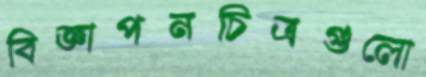
বিজ্ঞাপনচিত্রগুলো